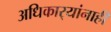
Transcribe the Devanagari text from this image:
अधिकार्‍यांनाही